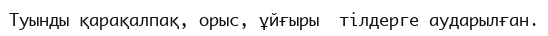
Туынды қарақалпақ, орыс, ұйғыры  тілдерге аударылған.